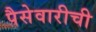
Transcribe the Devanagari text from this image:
पैसेवारीची